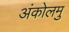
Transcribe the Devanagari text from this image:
अंकोलमु